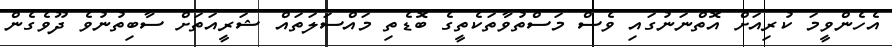
އެހެންވީމަ ކުރިއަށް އޮތްނަނުގައި ވެސް މަސްތުވާތަކެތީގެ ބޮޑެތި މައްސަލަތައް ޝަރީއަތަށް ސާބިތުނުވެ ދޫވެގެން